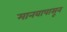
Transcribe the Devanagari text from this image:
मानवापासून